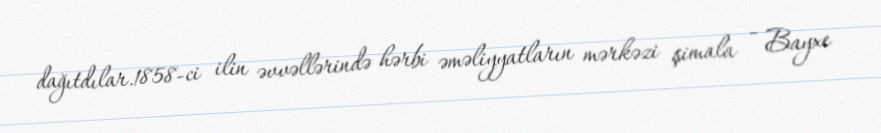
dağıtdılar.1858-ci ilin əvvəllərində hərbi əməliyyatların mərkəzi şimala - Bayxe